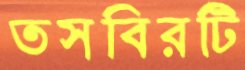
তসবিরটি